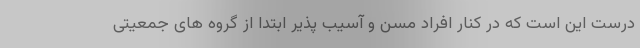
درست این است که در کنار افراد مسن و آسیب پذیر ابتدا از گروه های جمعیتی